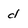
Character: d